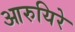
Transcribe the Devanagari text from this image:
आरुयिरे